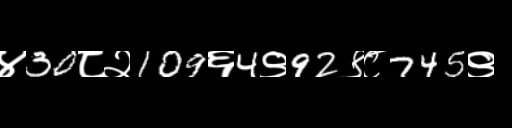
Text: ४30८२109६4९92९८745९